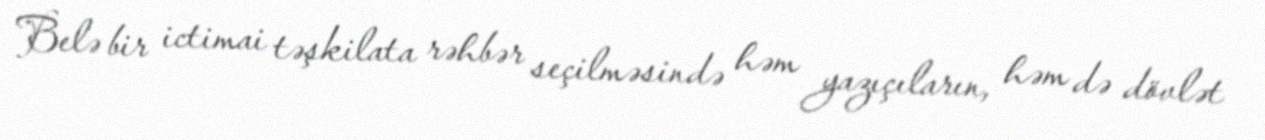
Belə bir ictimai təşkilata rəhbər seçilməsində həm yazıçıların, həm də dövlət